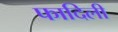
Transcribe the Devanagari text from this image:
फादिली